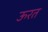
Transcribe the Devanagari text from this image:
ऊरत